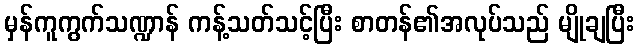
မှန်ကူကွက်သဏ္ဍာန် ကန့်သတ်သင့်ပြီး စာတန်၏အလုပ်သည် မျိုချပြီး